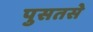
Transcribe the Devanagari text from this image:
पुसतसे